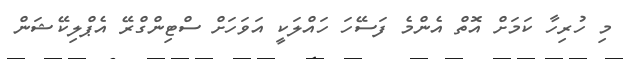
މި ހުރިހާ ކަމަށް އޮތް އެންމެ ފަސޭހަ ހައްލަކީ އަވަހަށް ސްޓިންގްރޭ އެޕްލިކޭޝަން